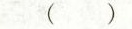
( )